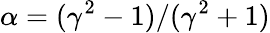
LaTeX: \alpha=(\gamma^{2}-1)/(\gamma^{2}+1)